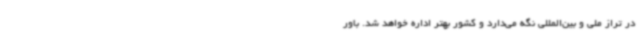
در تراز ملی و بین‌المللی نگه می‌دارد و کشور بهتر اداره خواهد شد. باور